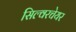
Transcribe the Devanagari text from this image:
सिल्वरचेयर